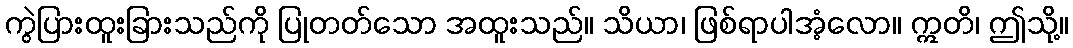
ကွဲပြားထူးခြားသည်ကို ပြုတတ်သော အထူးသည်။ သိယာ၊ ဖြစ်ရာပါအံ့လော။ ဣတိ၊ ဤသို့။